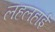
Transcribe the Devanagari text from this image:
लहलहाई